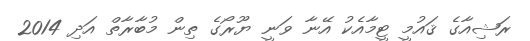
ރަޝިއާގެ ޤައުމީ ޓީމާއެކު އޭނާ ވަނީ ޔޫރޯގެ ތިން މުބާރާތް އަދި 2014